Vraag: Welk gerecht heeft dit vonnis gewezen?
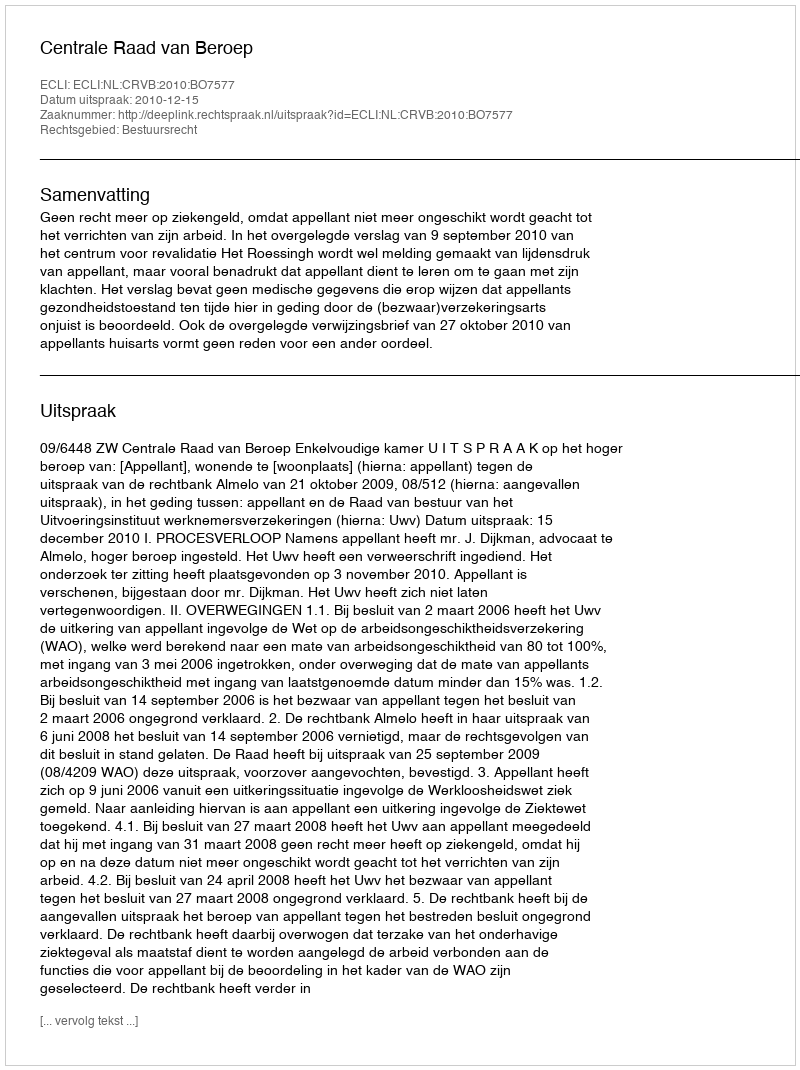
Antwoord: Centrale Raad van Beroep